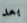
بعد